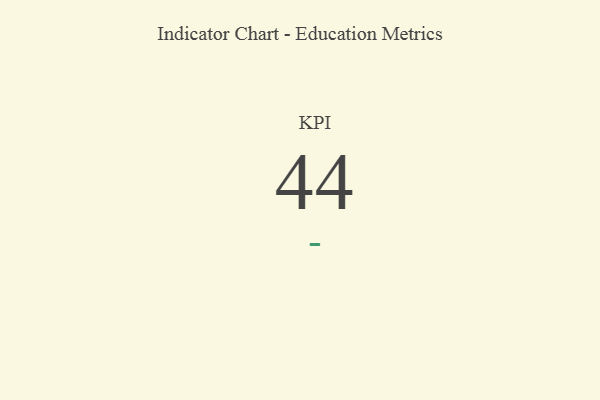
{"axis": {"x": "KPI", "y": "Value"}, "legend": [""], "data": [{"x": "KPI", "y": 44, "type": ""}]}